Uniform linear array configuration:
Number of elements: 8
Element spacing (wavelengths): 1
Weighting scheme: cosine
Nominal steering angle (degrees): -15
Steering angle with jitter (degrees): -15.66
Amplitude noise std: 0.05
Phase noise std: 0.05

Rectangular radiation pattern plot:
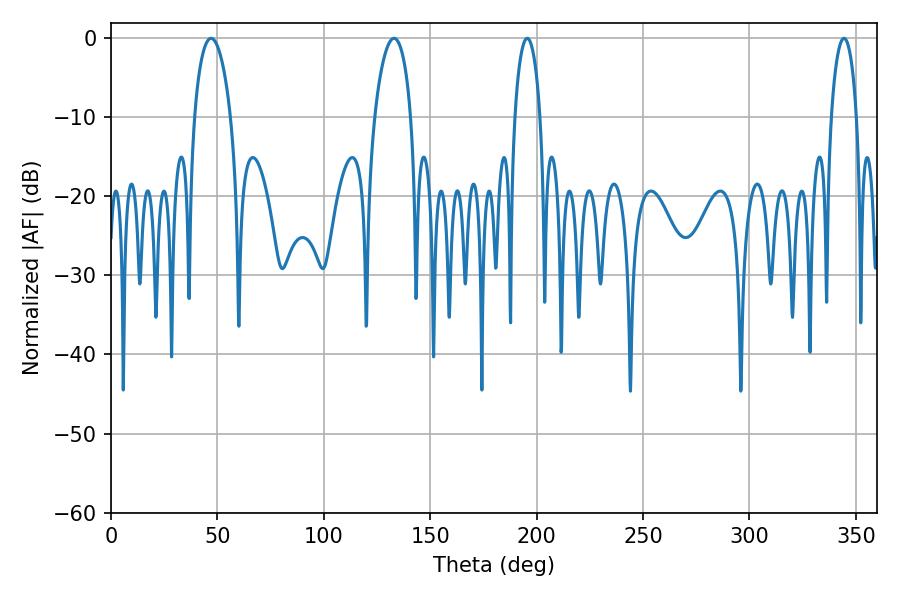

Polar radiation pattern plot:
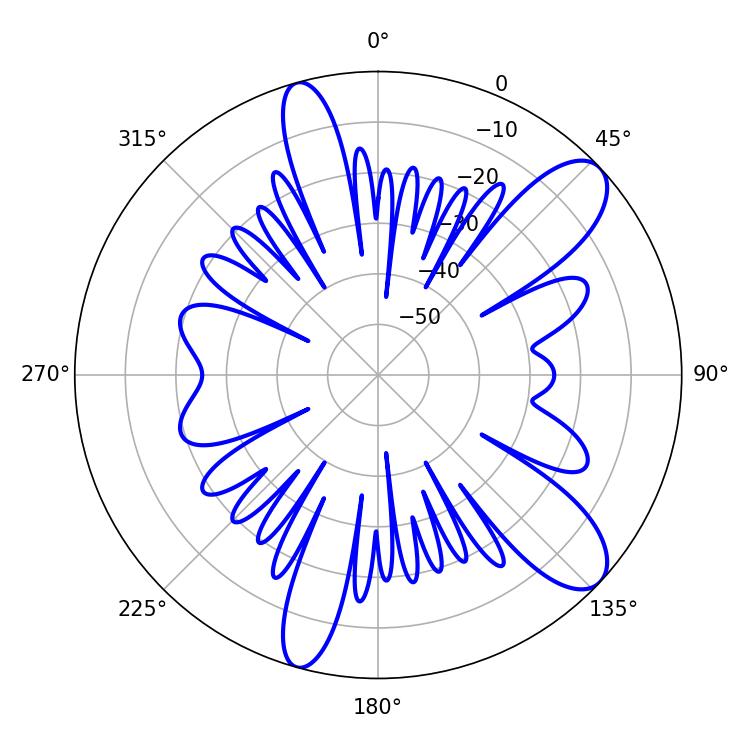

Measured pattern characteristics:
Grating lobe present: TRUE
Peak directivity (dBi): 10.118
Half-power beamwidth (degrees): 9.9
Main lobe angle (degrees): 46.98